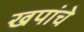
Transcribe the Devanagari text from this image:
खपांचे